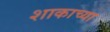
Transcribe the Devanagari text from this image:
शाकाच्या